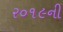
ર૦૧૯ની